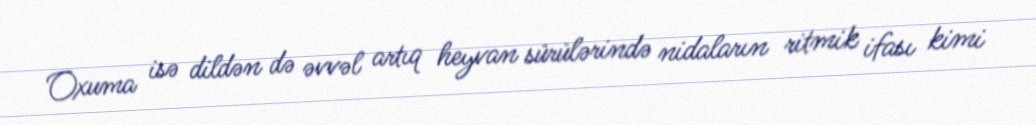
Oxuma isə dildən də əvvəl artıq heyvan sürülərində nidaların ritmik ifası kimi